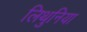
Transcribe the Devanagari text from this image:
लिथुनिया